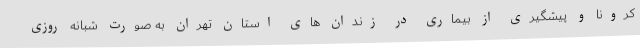
کرونا و پیشگیری از بیماری در زندان های استان تهران به صورت شبانه روزی